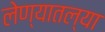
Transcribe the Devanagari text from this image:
लेण्यातल्या